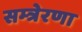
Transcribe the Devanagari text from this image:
सम्त्रेरणा